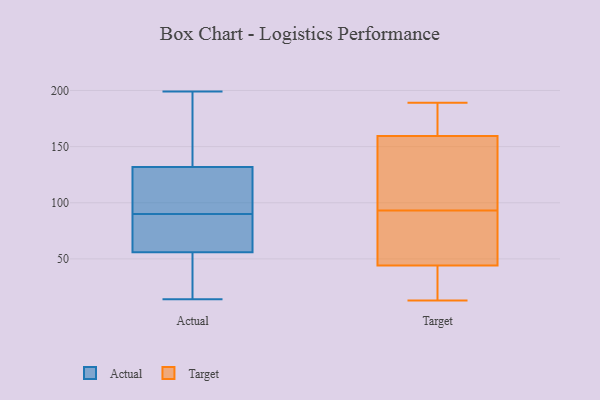
{"axis": {"x": "Net Income (USD K)", "y": "Value"}, "legend": ["Actual", "Target"], "data": [{"x": "", "y": 31, "type": "Actual"}, {"x": "", "y": 52, "type": "Actual"}, {"x": "", "y": 133, "type": "Actual"}, {"x": "", "y": 199, "type": "Actual"}, {"x": "", "y": 52, "type": "Actual"}, {"x": "", "y": 68, "type": "Actual"}, {"x": "", "y": 172, "type": "Actual"}, {"x": "", "y": 171, "type": "Actual"}, {"x": "", "y": 110, "type": "Actual"}, {"x": "", "y": 108, "type": "Actual"}, {"x": "", "y": 90, "type": "Actual"}, {"x": "", "y": 127, "type": "Actual"}, {"x": "", "y": 14, "type": "Actual"}, {"x": "", "y": 77, "type": "Actual"}, {"x": "", "y": 158, "type": "Actual"}, {"x": "", "y": 90, "type": "Actual"}, {"x": "", "y": 25, "type": "Actual"}, {"x": "", "y": 84, "type": "Actual"}, {"x": "", "y": 128, "type": "Actual"}, {"x": "", "y": 124, "type": "Target"}, {"x": "", "y": 166, "type": "Target"}, {"x": "", "y": 14, "type": "Target"}, {"x": "", "y": 56, "type": "Target"}, {"x": "", "y": 187, "type": "Target"}, {"x": "", "y": 93, "type": "Target"}, {"x": "", "y": 28, "type": "Target"}, {"x": "", "y": 98, "type": "Target"}, {"x": "", "y": 189, "type": "Target"}, {"x": "", "y": 92, "type": "Target"}, {"x": "", "y": 172, "type": "Target"}, {"x": "", "y": 40, "type": "Target"}, {"x": "", "y": 79, "type": "Target"}, {"x": "", "y": 140, "type": "Target"}, {"x": "", "y": 13, "type": "Target"}]}